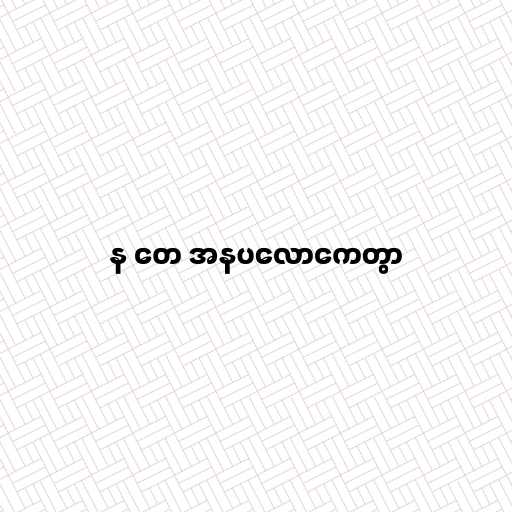
န တေ အနပလောကေတွာ